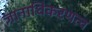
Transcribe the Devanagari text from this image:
ज्ञानाधिकरणत्व